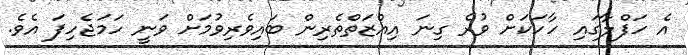
އެ ހަފްލާގައި ހާހަކަށް ވުރެ ގިނަ އިއްޒަތްތެރިން ބައިވެރިވުމަށް ވަނީ ހަމަޖެހިފަ އެވެ.